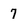
Character: 7